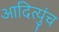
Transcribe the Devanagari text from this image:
आदित्युंच